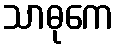
သာဓုကေ